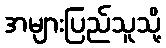
အများပြည်သူသို့